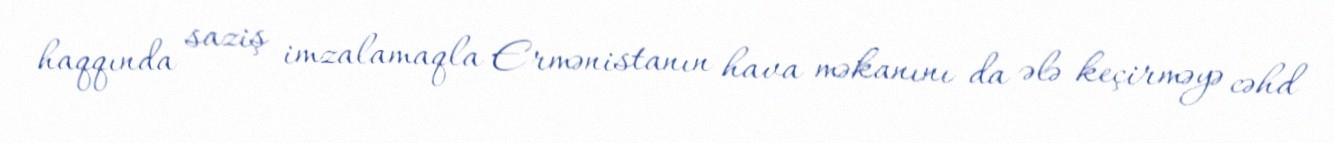
haqqında saziş imzalamaqla Ermənistanın hava məkanını da ələ keçirməyə cəhd